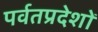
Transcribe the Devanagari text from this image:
पर्वतप्रदेशों